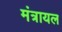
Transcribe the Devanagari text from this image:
मंत्रायल